59_214434_SP 16 [7.18.1963]
Agency: Department of State
Incident date: 7/18/63
Page 3
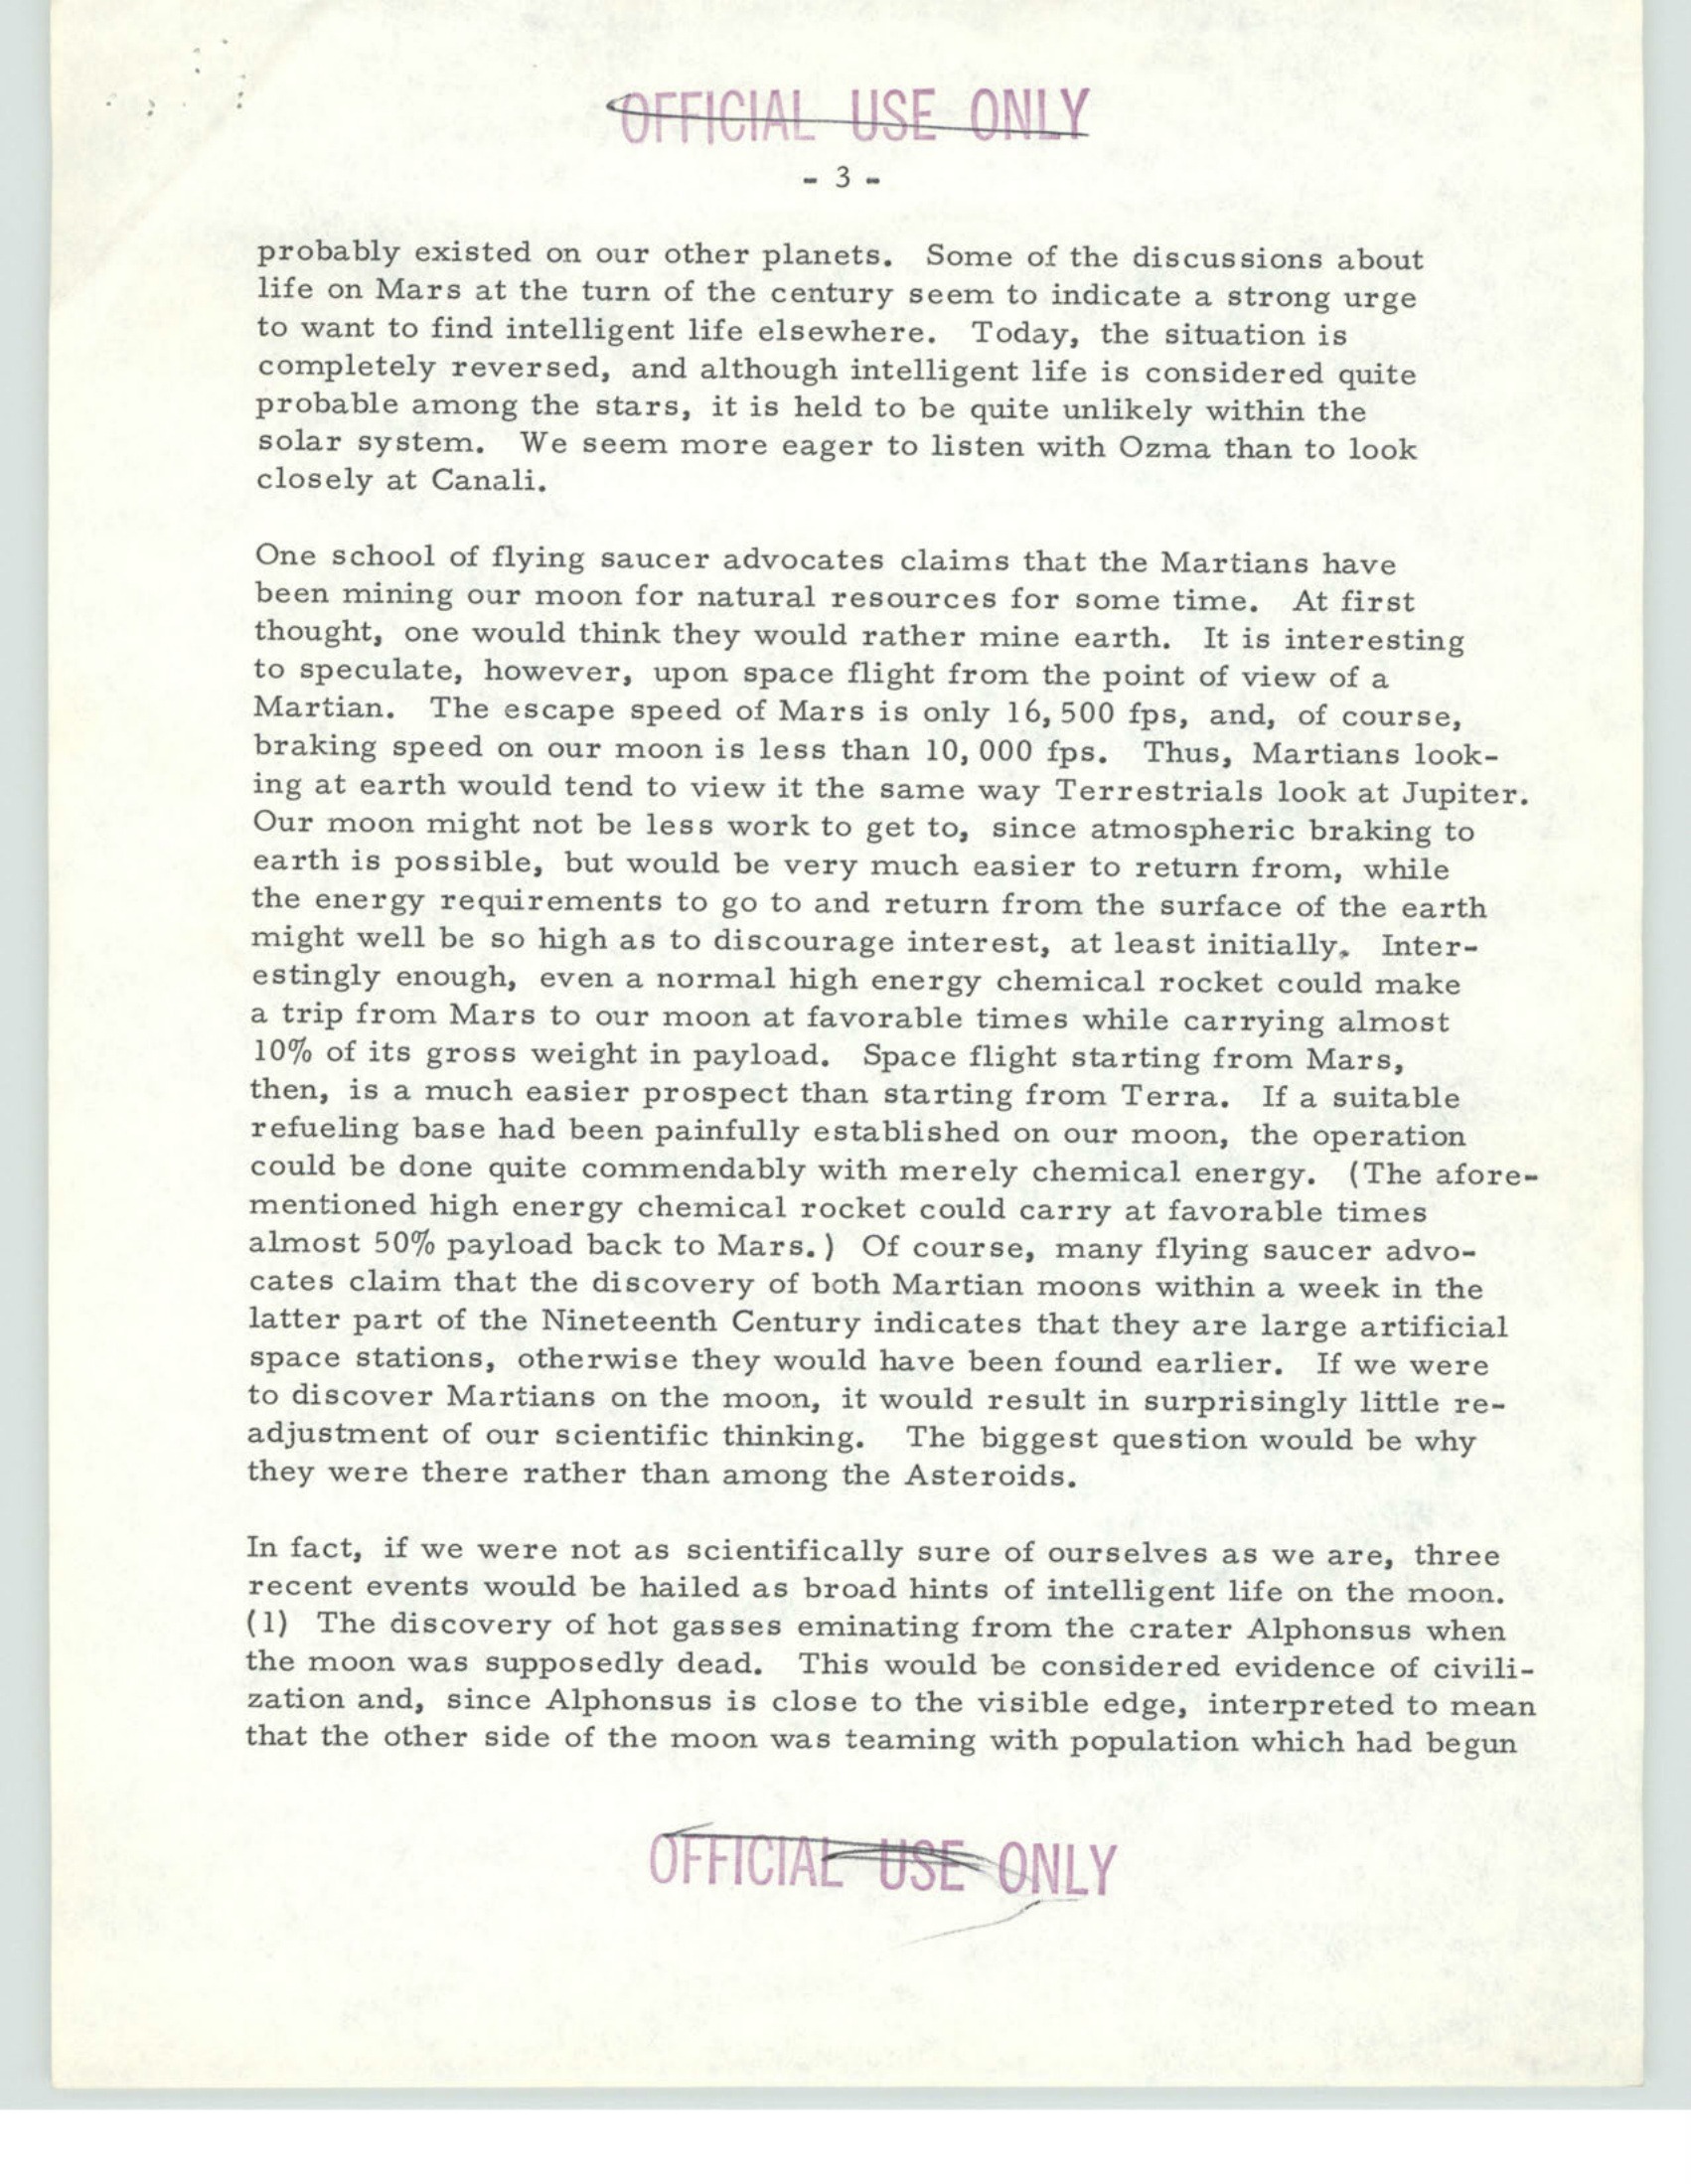